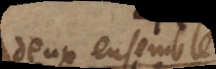
deux ensemble